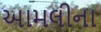
આમલીના